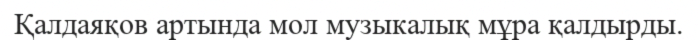
Қалдаяқов артында мол музыкалық мұра қалдырды.